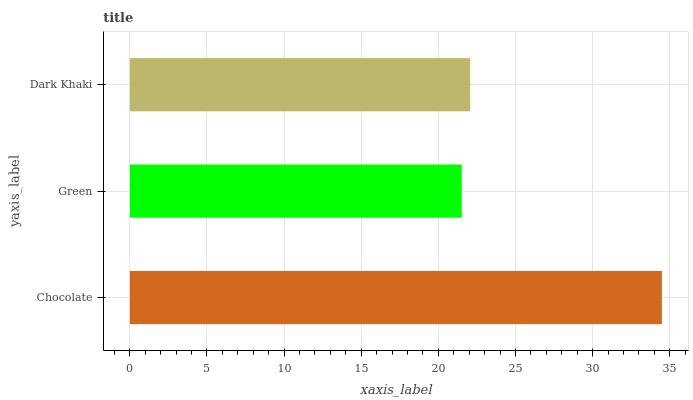
| yaxis_label | bars |
 | --- | --- |
 | Chocolate | 34.5 |
 | Green | 21.5 |
 | Dark Khaki | 22.1 |